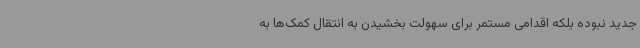
جدید نبوده بلکه اقدامی مستمر برای سهولت بخشیدن به انتقال کمک‌ها به